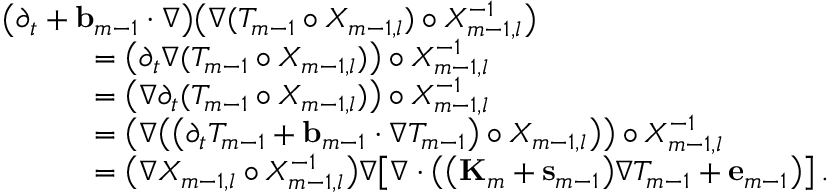
\begin{array} { r l } { \lefteqn { \bigl ( \partial _ { t } + \ensuremath { \mathbf { b } } _ { m - 1 } \cdot \nabla \bigr ) \bigl ( \nabla ( T _ { m - 1 } \circ X _ { m - 1 , l } ) \circ X _ { m - 1 , l } ^ { - 1 } \bigr ) } \qquad } & { } \\ & { = \bigl ( \partial _ { t } \nabla ( T _ { m - 1 } \circ X _ { m - 1 , l } ) \bigr ) \circ X _ { m - 1 , l } ^ { - 1 } } \\ & { = \bigl ( \nabla \partial _ { t } ( T _ { m - 1 } \circ X _ { m - 1 , l } ) \bigr ) \circ X _ { m - 1 , l } ^ { - 1 } } \\ & { = \bigl ( \nabla \bigl ( \bigl ( \partial _ { t } T _ { m - 1 } + \ensuremath { \mathbf { b } } _ { m - 1 } \cdot \nabla T _ { m - 1 } \bigr ) \circ X _ { m - 1 , l } \bigr ) \bigr ) \circ X _ { m - 1 , l } ^ { - 1 } } \\ & { = \bigl ( \nabla X _ { m - 1 , l } \circ X _ { m - 1 , l } ^ { - 1 } \bigr ) \nabla \bigl [ \nabla \cdot \bigl ( \bigl ( \mathbf { K } _ { m } + \mathbf { s } _ { m - 1 } \bigr ) \nabla T _ { m - 1 } + \mathbf { e } _ { m - 1 } \bigr ) \bigr ] \, . } \end{array}